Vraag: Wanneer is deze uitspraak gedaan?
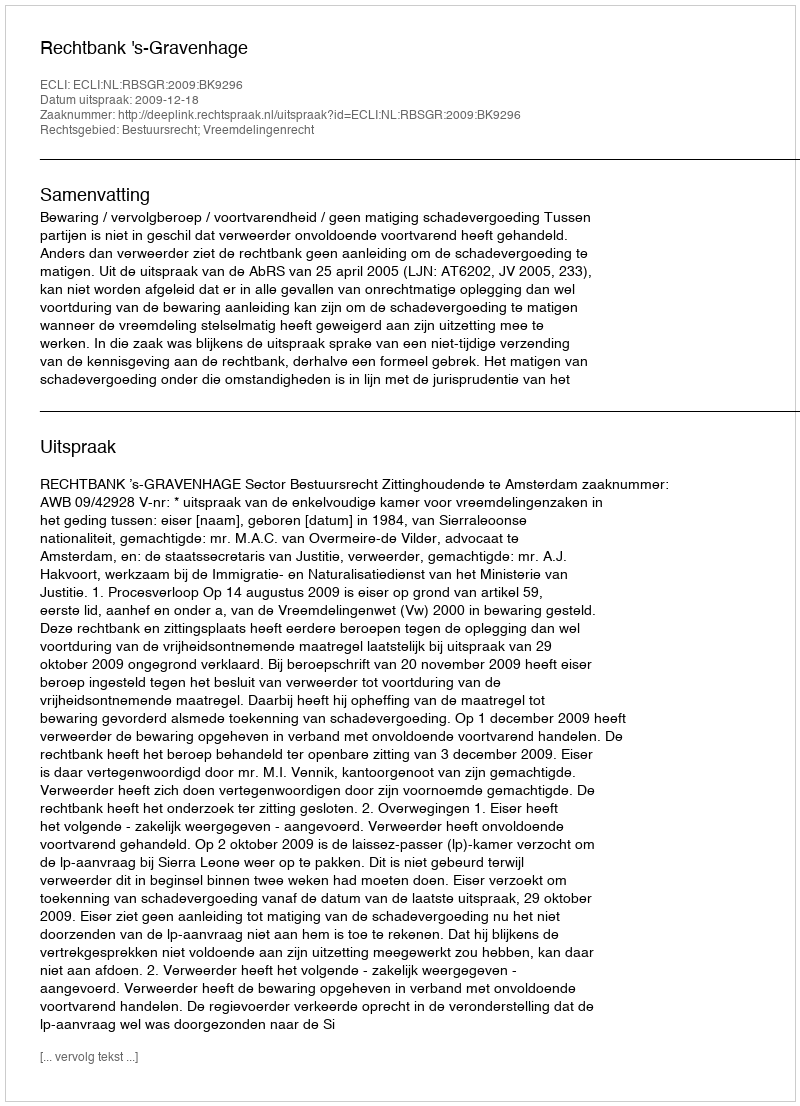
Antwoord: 2009-12-18